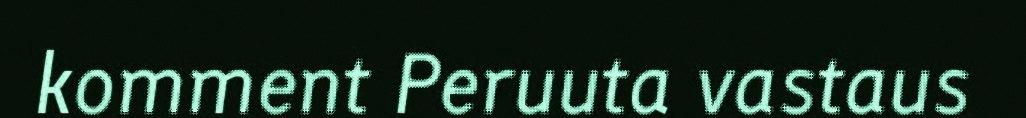
komment Peruuta vastaus